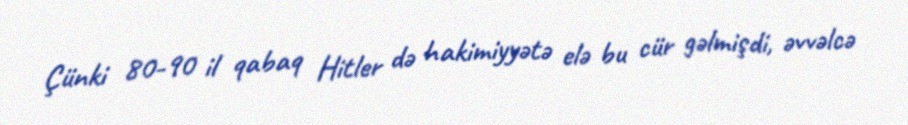
Çünki 80-90 il qabaq Hitler də hakimiyyətə elə bu cür gəlmişdi, əvvəlcə